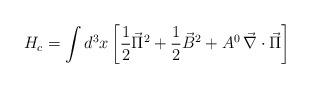
LaTeX: \begin{align*}H_{c} = \int d^{3}x \left[ \frac{1}{2} \vec{\Pi}^{2} + \frac{1}{2}\vec{B}^{2} + A^{0} \, \vec{\nabla} \cdot \vec{\Pi} \right]\end{align*}